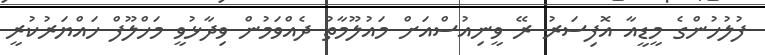
ފުލުހުންގެ މީޑީއާ އޮފިސަރު ރޭ ވީނިއުސްއަށް މައުލޫމާތު ދެއްވަމުން ވިދާޅުވީ މަހްލޫފް ހައްޔަރުކުރީ